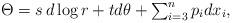
LaTeX: \begin{align*}\Theta = s\, d\log r+ td\theta + \textstyle\sum_{i=3}^{n} p_{i}dx_{i},\end{align*}